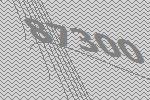
87300